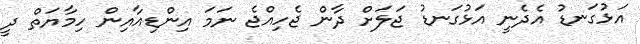
އަޅުގަނޑު އެދެނީ އަޅުގަނޑު ޖަލަށް ދާން ޖެހިއްޖެ ނަމަ އިންޑިއާއިން ހިމާޔަތް ދީ